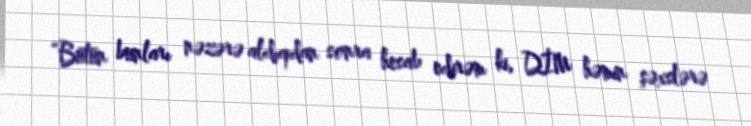
“Bütün bunları nəzərə aldıqdan sonra hesab edirəm ki, DİM həmin şəxslərə